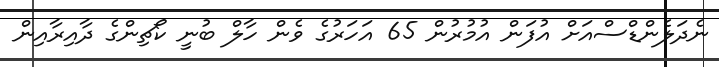
ނެދަލެންޑްސްއަށް އުފަން އުމުރުން 65 އަހަރުގެ ވެން ހާލް ބުނީ ކޯޗިންގެ ދާއިރާއިން